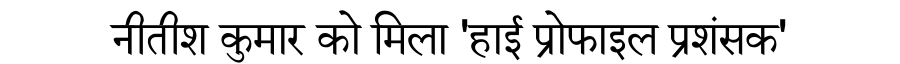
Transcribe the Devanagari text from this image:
नीतीश कुमार को मिला 'हाई प्रोफाइल प्रशंसक'